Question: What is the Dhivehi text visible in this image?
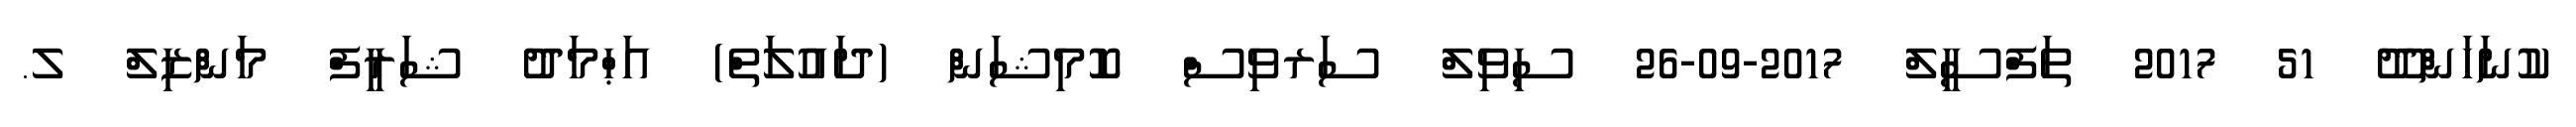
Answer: ކުނަހަންދޫ 51 2017 ތަފްސީލް 2017-09-26 ސިވިލް ސަރވިސް ކޮމިޝަން (ދައުލަތް) އަޙްމަދު ޝަރީފް މަންޒިލް ލ.